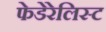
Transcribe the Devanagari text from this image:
फेडेरेलिस्ट